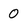
Character: 0